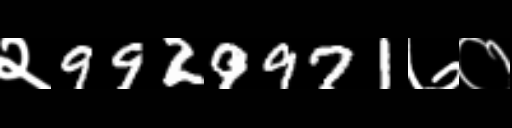
Text: २9929971७०